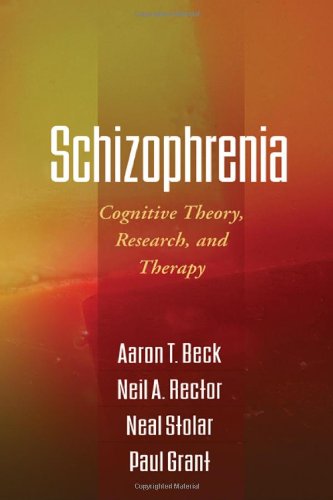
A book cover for Schizophrenia: Cognitive Theory, Research, and Therapy; Aaron T. Beck; Health, Fitness & Dieting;